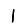
Digit: 1